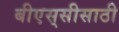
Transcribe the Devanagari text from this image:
बीएस्‌सीसाठी